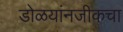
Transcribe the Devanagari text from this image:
डोळयांनजीकचा